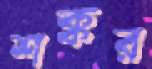
শক্কর